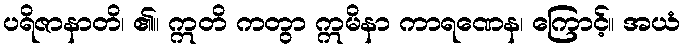
ပရိဇာနာတိ၊ ၏။ ဣတိ ကတွာ ဣမိနာ ကာရဏေန၊ ကြောင့်။ အယံ